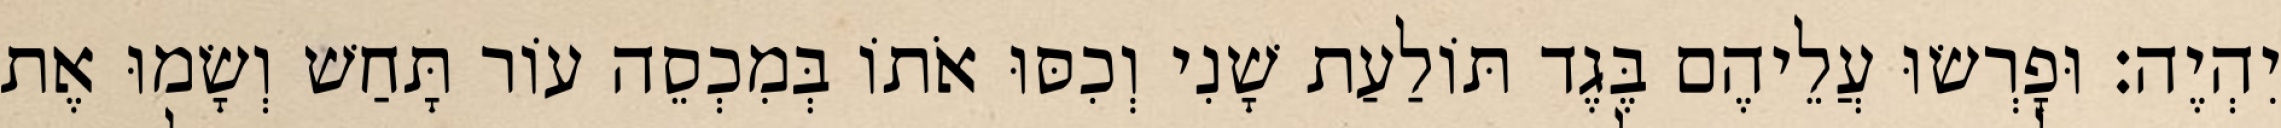
יִהְיֶה׃ וּפָרְשׂוּ עֲלֵיהֶם בֶּגֶד תּוֹלַעַת שָׁנִי וְכִסּוּ אֹתוֹ בְּמִכְסֵה עוֹר תָּחַשׁ וְשָׂמוּ אֶת